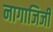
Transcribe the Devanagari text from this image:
नागाजिजी